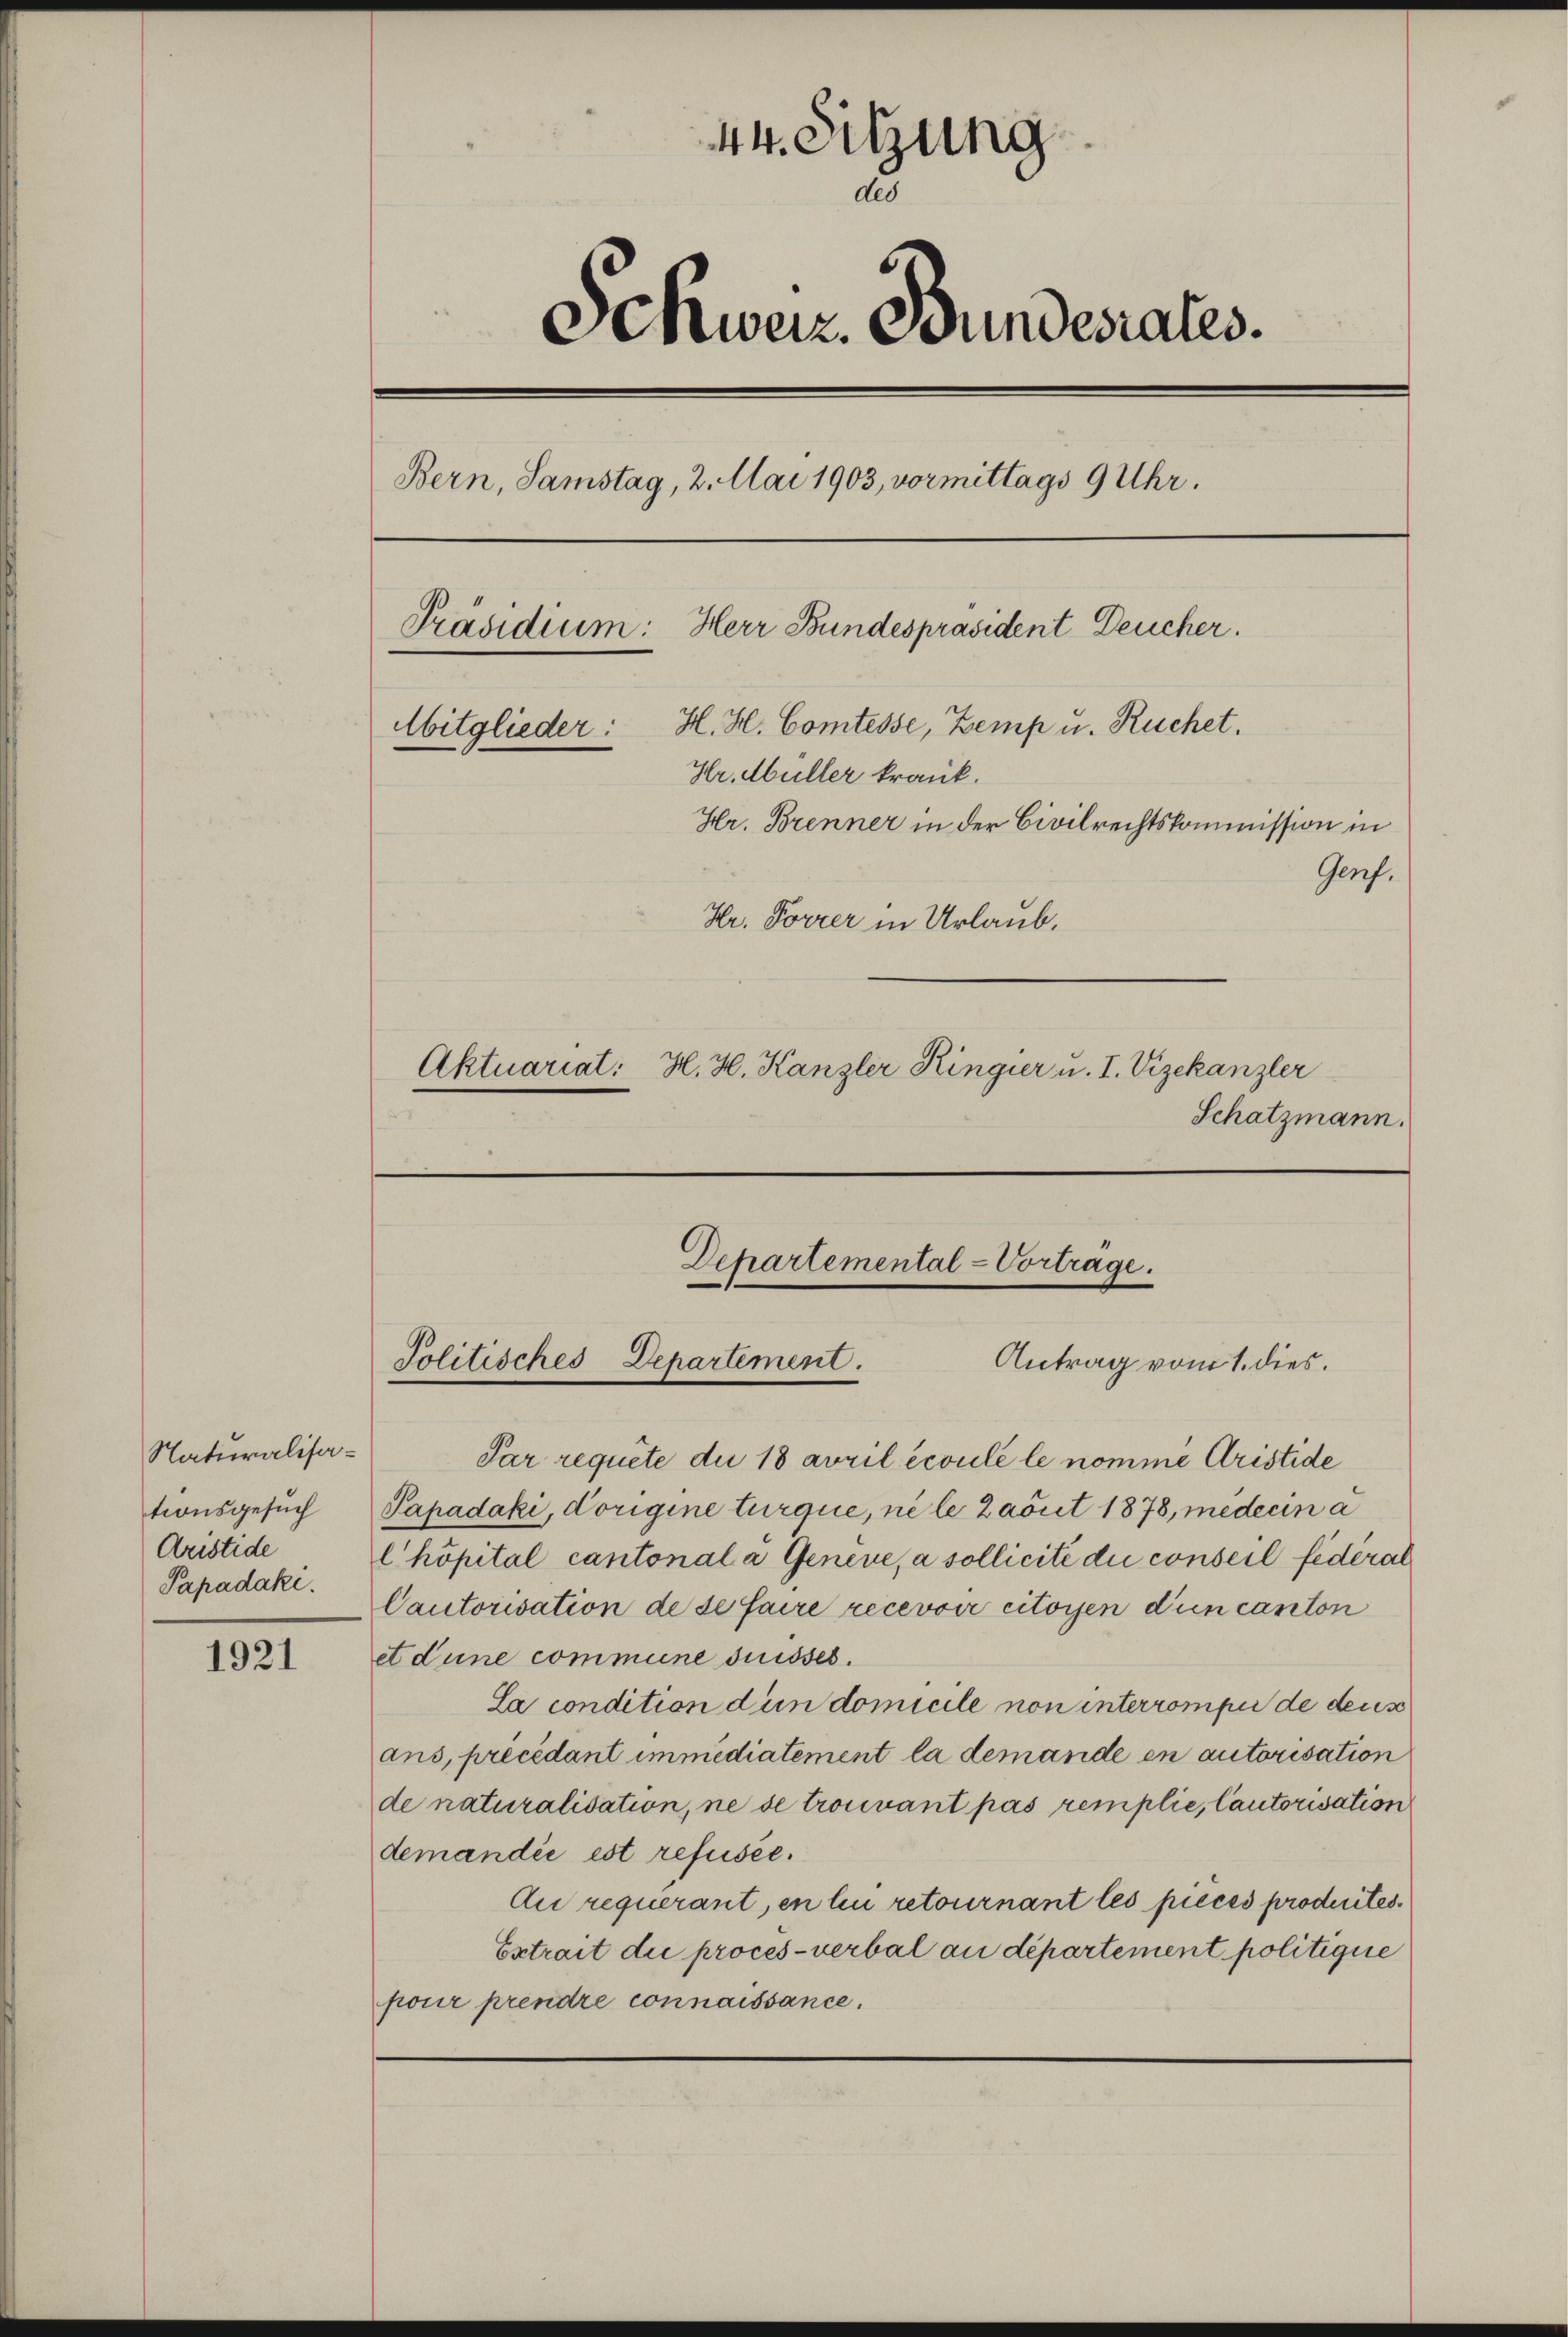
Naturalisationsgesuch
Aristide
Papadaki.

1921

44. Sitzung
Schweiz. Bundesrates.
Bern, Samstag, 2. Mai 1903, vormittags 9 Uhr.
Präsidium: Herr Bundespräsident Deucher.
Abitglieder: H. H. Comtesse, Zemp u. Ruchet.
Hr. Müller krank.
Hr. Brenner in der Civilrechtskommission in
Genf.
Hr. Forrer in Urlaub.
Aktuariat: H. H. Kanzler Ringier u. I. Vizekanzler
Schatzmann.

Dchartemental-Vortrage.
Politisches Departement.
Antrag vom 1. dies.

Par requite die 18 avril écoulé le nomme Aristide
Papadaki, Vorigine turque, ne le Zašiit 1878, medicin a
l hôpital cantonal a Geneve, a sollicite die conseil federal
Cautorisation de se faire recevoir citoyen dun canton
et dune commune suisses.
La condition dun domicile non interrompei de deus
ans, précédant immédiatement la demande en autorisation
de naturalisation, ne se trouvant pas remplie, lautorisation
demandée est refuser.
Au requerant, en lui retournant les pieces produites.
Extrait die procès-verbal an departement politique
pour prendre connaissance.